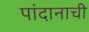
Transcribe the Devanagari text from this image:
पांदानाची